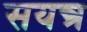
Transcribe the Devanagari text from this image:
सयन्त्र